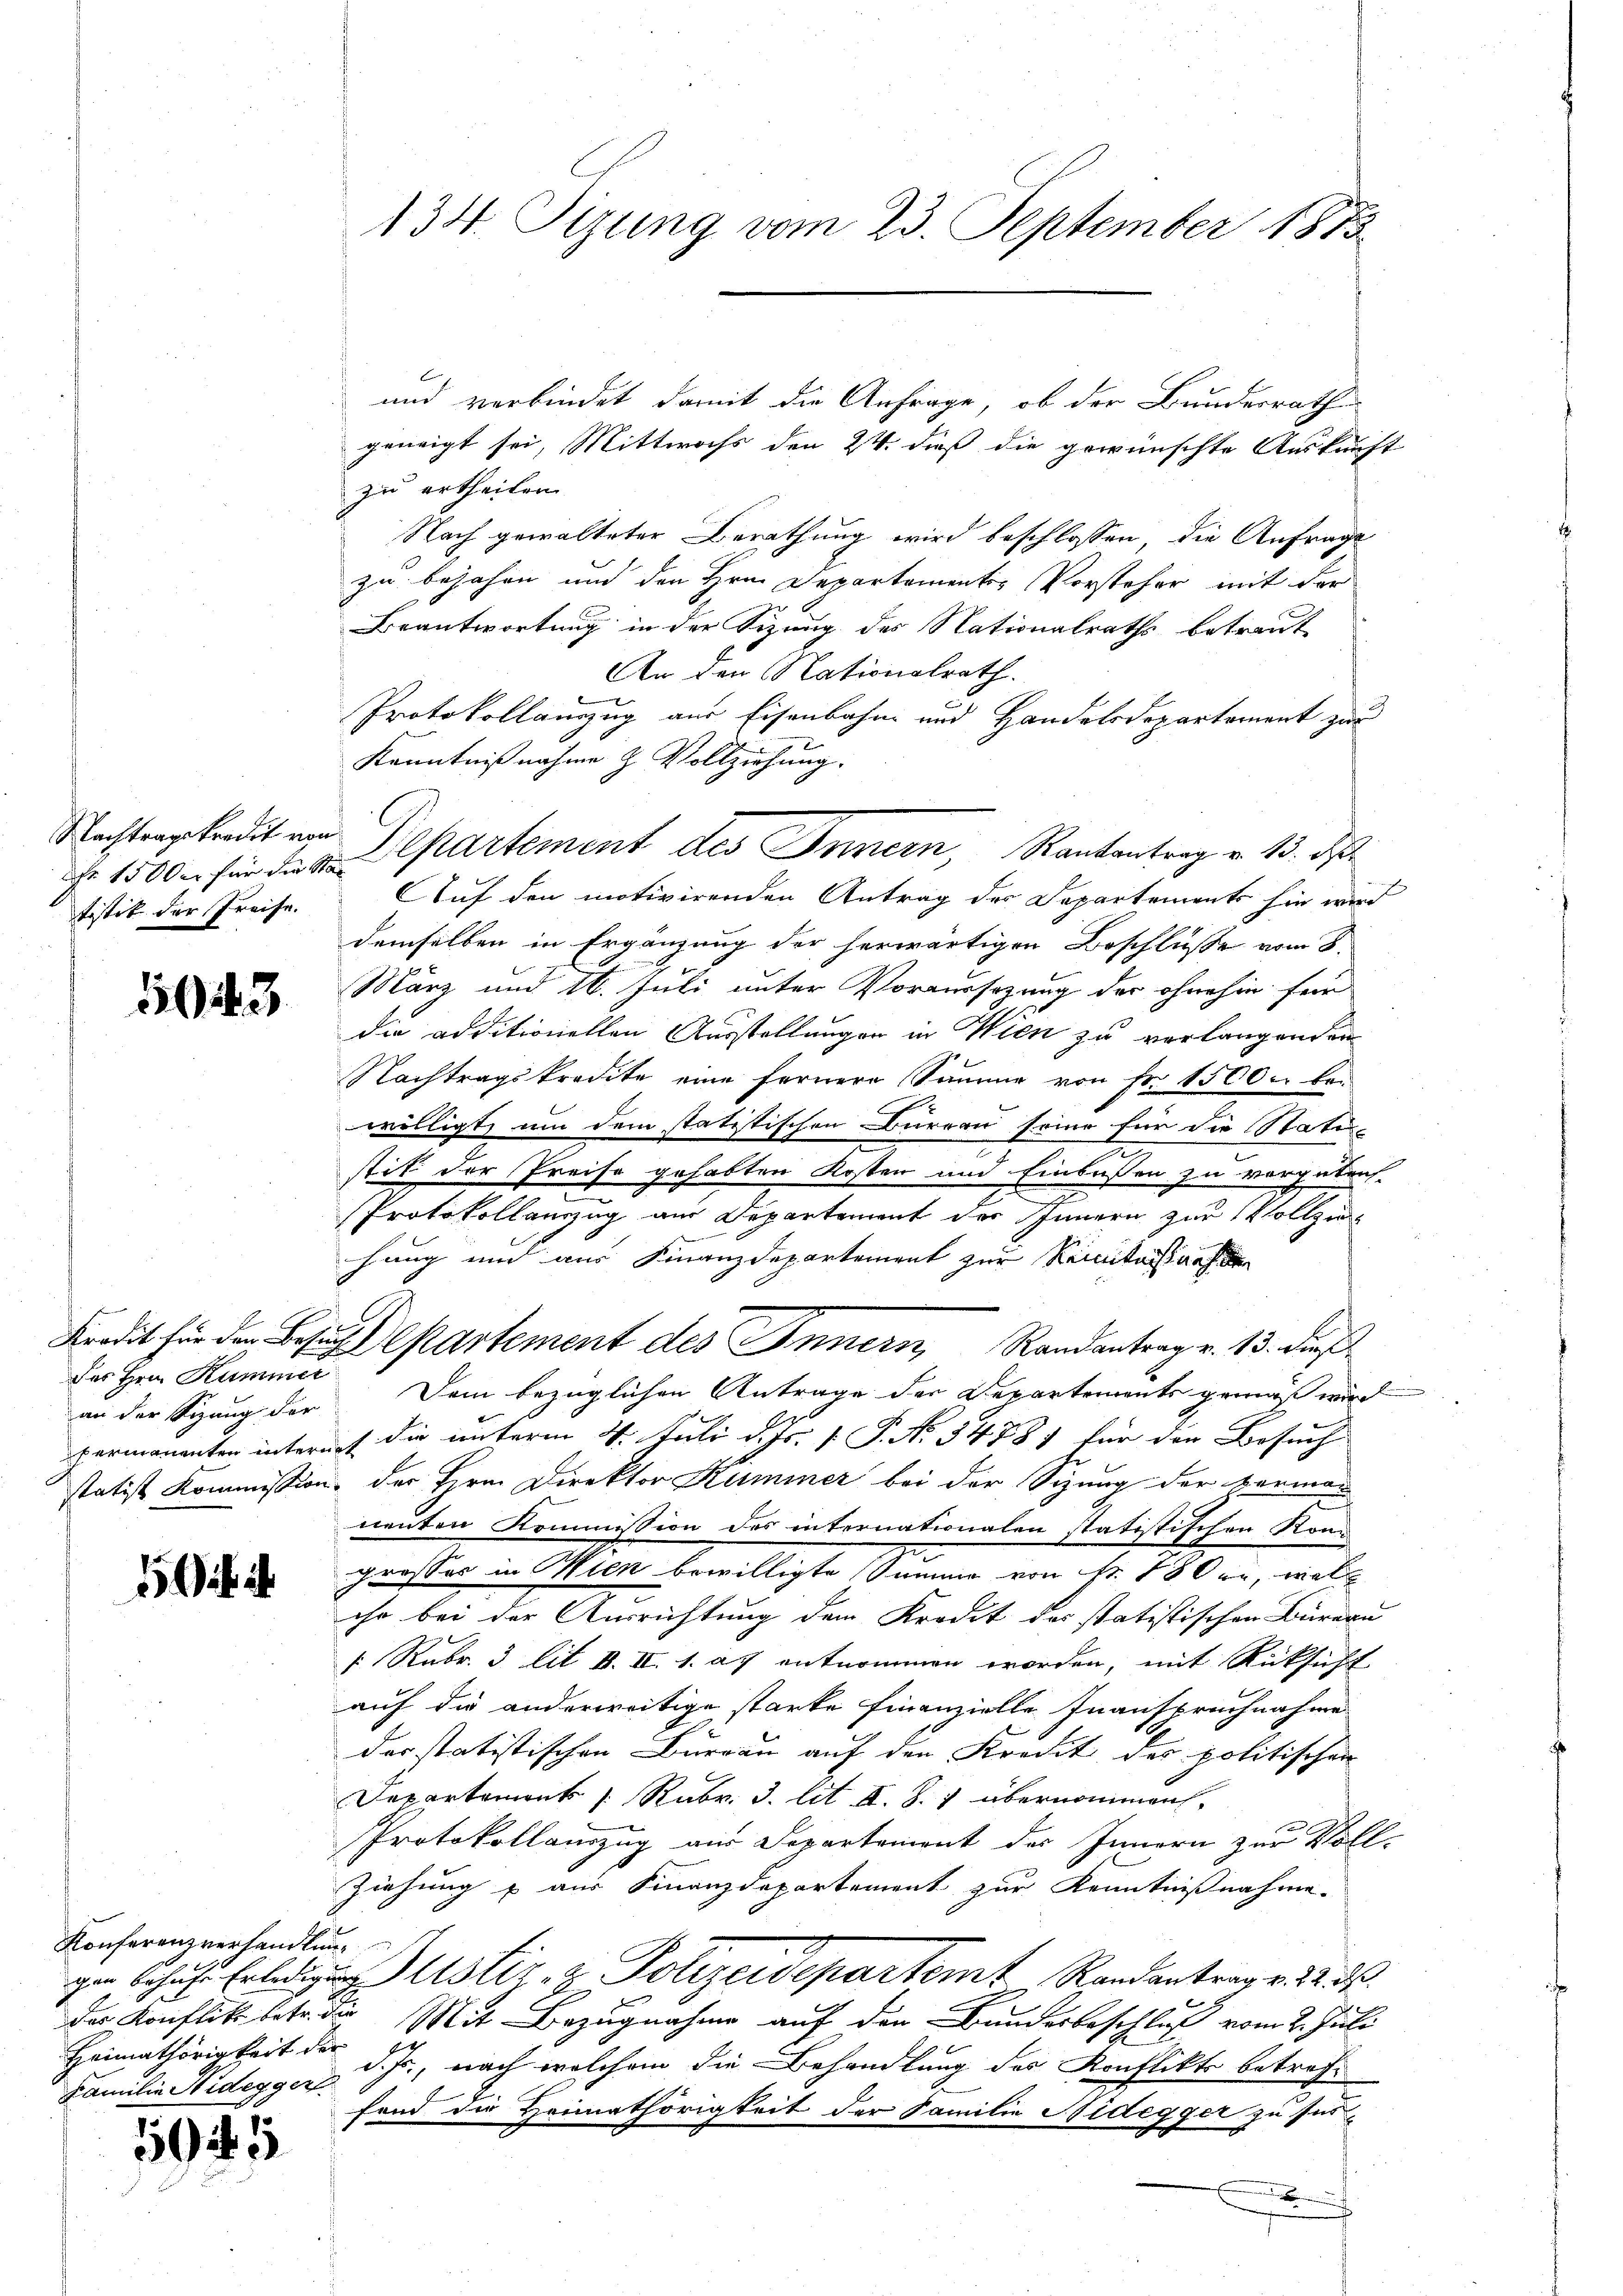
Nachtragskredit von
tistik der Preise.

143

Der Herrn Kummer

5f i

Konferenzverhandlun¬
Heimathörigkeit der

155

und verbindet damit die Anfrage, ob der Bundesrath
geneigt sei, Mittwochs den 24. dieß die gewünschte Auskunft
zu ertheilen
Nach gewalteter Berathung wird beschlossen, die Anfrage
zu bejahen und den Hrn. Departementes Vorsteher mit der
Beantwortung in der Sizung des Nationalraths betraute
An den Nationalrath.
Protokollanzug aus Eisenbahn und Handelsdepartament zur
Kenntnißnahme & Vollziehung.
Fr 1500 für die Departement des Innern, Kantantrag v. 13. ds
Auf den motivirenden Antrag der Departements hin wird
demselben in Ergänzung der herwärtigen Beschlüsse vom 8.
März und 16. Juli unter Voraussezung der ohnehin für
die additionellen Ausstellungen in Wien zu verlangenden
Nachtragskredite eine fernere Säume von Fr. 1500. bewilligt, um dem statitischen Bureau seine für die Statu-
stik der Preise gehabten Kosten und Einlaßen zu vorgetref¬
.
Protokollauszug am Departement des Innern zur Vollziehung und aus Finanzdepartement zur Reinitätssache
Kredit für den Besucht partement des Innern, Randantrag v. 13. dieß
an der Sizung der Dem bezüglichen Antrage der Departements gemäß wird
permanenten internet die unterm 4. Juli d. Js. [ P. No 34781 für der Besuch
statist Kommission, der Hrn. Direktor Kummer bei der Sizung der Herman
neuten Kommission des internationalen statistischen Kon
grosses in Wien bewilligte Summe von Fr. 18 re, wel
ihr bei der Ausrichtung dem Kredit des statistischen Büreau
1 Rubr. 3 lit. B. II. 1. a. entnommen worden, mit Rücksicht
auf die anderweitige starke finanzielle Inanspruchnahme
der statistischen Burgau auf den Kredit des politischen
Departements /: Rubr. 3. lit. II. S. 7 übernommen.
Protokollauszug aus Separtement des Innern zur Voll-
Ziehung & aus Finanzdepartement zur Kenntnißnahme.
gen behufs Erledigung Justiz- & Polizeidepartemt Randantrag v. 22. d.
der Konflikt betr. die Mit Bezugnahme auf den Bundesbeschluß vom 2. Juli
Familie Nidegger d. J., nach welchem die Behandlung des Konflikte betreffend die Heimathörigkeit der Familie Nidegger zu si
x

134 Tigung vom 23. September 1873